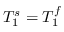
T _ { 1 } ^ { s } = T _ { 1 } ^ { f }